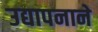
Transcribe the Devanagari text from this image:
उद्यापनाने